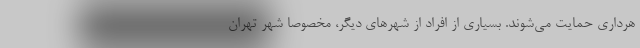
هرداری حمایت می‌شوند. بسیاری از افراد از شهرهای دیگر، مخصوصا شهر تهران